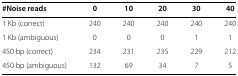
<table><thead><tr><td><b>#Noise reads</b></td><td><b>0</b></td><td><b>10</b></td><td><b>20</b></td><td><b>30</b></td><td><b>40</b></td></tr></thead><tbody><tr><td>1 Kb (correct)</td><td>240</td><td>240</td><td>240</td><td>240</td><td>240</td></tr><tr><td>1 Kb (ambiguous)</td><td>0</td><td>0</td><td>0</td><td>1</td><td>1</td></tr><tr><td>450 bp (correct)</td><td>234</td><td>231</td><td>235</td><td>229</td><td>212</td></tr><tr><td>450 bp (ambiguous)</td><td>132</td><td>69</td><td>34</td><td>7</td><td>5</td></tr></tbody></table>